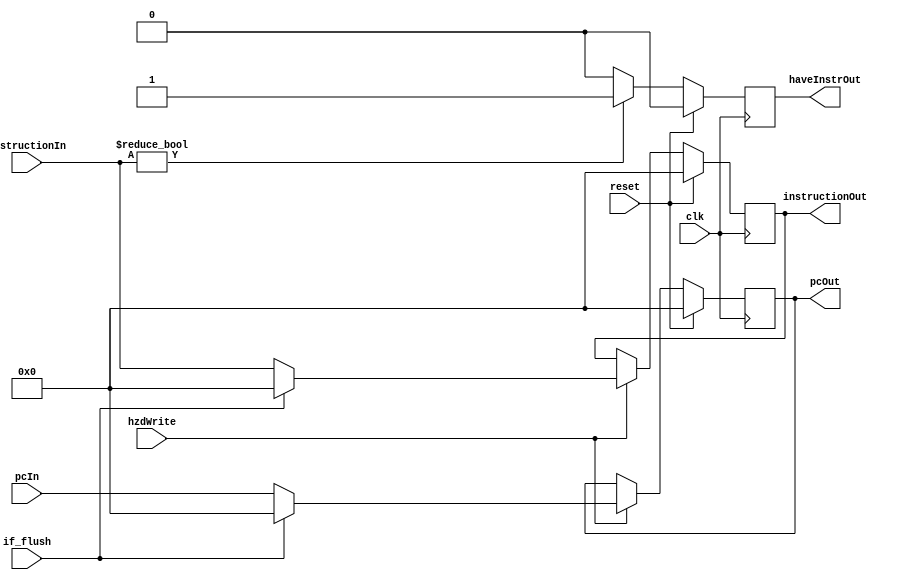
// PIPELINED
// First pipeline register: IF_ID
// Total size (in bits): 64

module if_id (haveInstrOut, clk, hzdWrite, reset, instructionIn, pcIn, instructionOut, pcOut, if_flush);

    // Input wires;
    input [31:0] pcIn, instructionIn;
    input clk, reset, hzdWrite, if_flush;

    // Output wires;
    output reg [31:0] pcOut, instructionOut;
    output reg haveInstrOut;

    // Proceed the pipeline when negedge happens.
    always @(negedge clk) begin
        if (reset) begin
            pcOut <= 32'b0;
            instructionOut <= 32'b0;
            haveInstrOut <= 1'b0;
        end
        else begin
            if (instructionIn) begin
                haveInstrOut <= 1'b1;
            end
            else begin
                haveInstrOut <= 1'b0;
            end
            if (hzdWrite) begin
                if (if_flush) begin
                    instructionOut <= 32'b0;
                    pcOut <= 32'b0;
                end
                else begin
                    instructionOut <= instructionIn;
                    pcOut <= pcIn;
                end
            end
        end
    end
endmodule